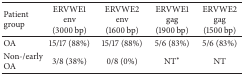
| Patient group | ERVWE1 env(3000 bp) | ERVWE2 env(1600 bp) | ERVWE1 gag(1900 bp) | ERVWE2 gag(1500 bp) |
 | --- | --- | --- | --- | --- |
 | OA | 15/17 (88%) | 15/17 (88%) | 5/6 (83%) | 5/6 (83%) |
 | Non-/early OA | 3/8 (38%) | 0/8 (0%) | NT∗ | NT |